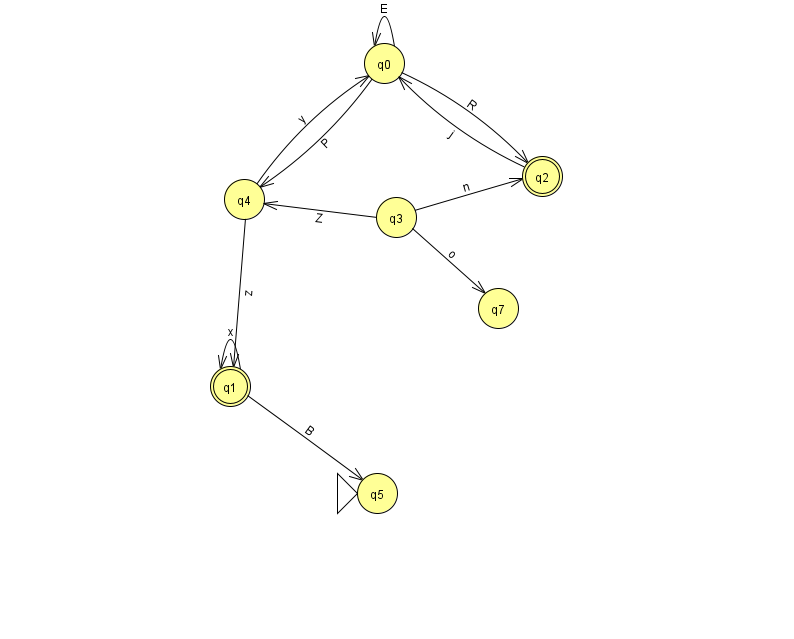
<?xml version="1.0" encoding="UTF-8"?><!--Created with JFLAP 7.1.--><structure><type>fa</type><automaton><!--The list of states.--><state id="0" name="q0"><x>384.0</x><y>50.0</y></state><state id="1" name="q1"><x>230.0</x><y>373.0</y><final/></state><state id="2" name="q2"><x>542.0</x><y>163.0</y><final/></state><state id="3" name="q3"><x>396.0</x><y>204.0</y></state><state id="4" name="q4"><x>244.0</x><y>186.0</y></state><state id="5" name="q5"><x>377.0</x><y>480.0</y><initial/></state><state id="7" name="q7"><x>498.0</x><y>295.0</y></state><!--The list of transitions.--><transition><from>3</from><to>7</to><read>o</read></transition><transition><from>4</from><to>0</to><read>y</read></transition><transition><from>0</from><to>2</to><read>R</read></transition><transition><from>3</from><to>2</to><read>n</read></transition><transition><from>0</from><to>0</to><read>E</read></transition><transition><from>1</from><to>1</to><read>x</read></transition><transition><from>1</from><to>5</to><read>B</read></transition><transition><from>0</from><to>4</to><read>P</read></transition><transition><from>2</from><to>0</to><read>j</read></transition><transition><from>4</from><to>1</to><read>z</read></transition><transition><from>3</from><to>4</to><read>Z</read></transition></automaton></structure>